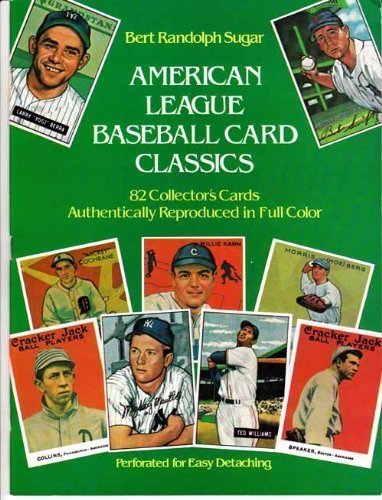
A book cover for American League Baseball Card Classics; Bert Randolph Sugar; Crafts, Hobbies & Home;